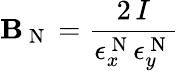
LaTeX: \mathbf{B}_{\mathrm{{~N~}}}=\frac{{2\, I}}{{\epsilon_{x}^{\mathrm{{~N~}}}\epsilon_{y}^{\mathrm{{~N~}}}}}